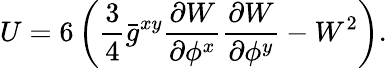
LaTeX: U=6\left(\frac{3}{4}\bar{g}^{xy}\frac{\partial{W}}{\partial{\phi^{x}}}\frac{\partial{W}}{\partial{\phi^{y}}}-W^{2}\right).